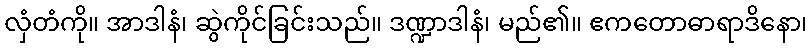
လှံတံကို။ အာဒါနံ၊ ဆွဲကိုင်ခြင်းသည်။ ဒဏ္ဍာဒါနံ၊ မည်၏။ ဧကတောဓာရာဒိနော၊